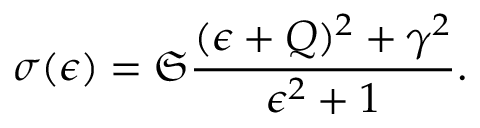
\sigma ( \epsilon ) = \mathfrak { S } \frac { ( \epsilon + Q ) ^ { 2 } + \gamma ^ { 2 } } { \epsilon ^ { 2 } + 1 } .